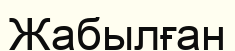
Жабылған